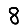
Digit: 8